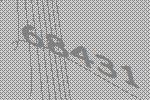
68431